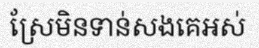
ស្រែមិនទាន់សងគេអស់